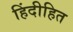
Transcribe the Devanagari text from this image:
हिंदीहित